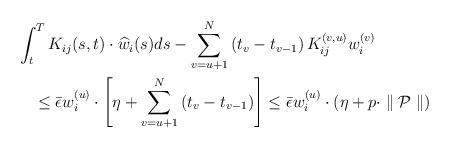
LaTeX: \begin{align*}& \int_{t}^{T}K_{ij}(s,t)\cdot\widehat{w}_{i}(s)ds-\sum_{v=u+1}^{N}\left (t_{v}-t_{v-1}\right )K_{ij}^{(v,u)}w_{i}^{(v)}\\& \quad\leq\bar{\epsilon}w_{i}^{(u)}\cdot\left [\eta +\sum_{v=u+1}^{N}\left (t_{v}-t_{v-1}\right )\right ]\leq\bar{\epsilon}w_{i}^{(u)}\cdot\left (\eta +p\cdot\parallel {\cal P}\parallel \right )\end{align*}